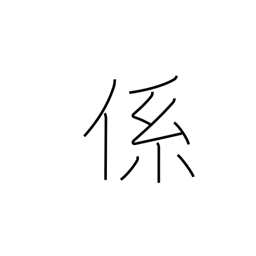
Meaning: connection